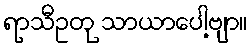
ရာသီဥတု သာယာပေါ့ဗျာ။